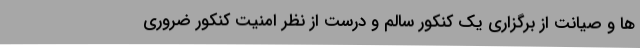
ها و صیانت از برگزاری یک کنکور سالم و درست از نظر امنیت کنکور ضروری